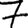
Digit: 7